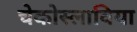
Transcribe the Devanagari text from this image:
चेकोस्लाविया